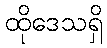
ထိုဒေသရှိ